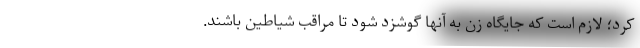
کرد؛ لازم است که جایگاه زن به آنها گوشزد شود تا مراقب شیاطین باشند.